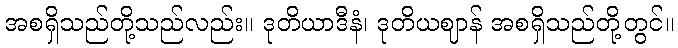
အစရှိသည်တို့သည်လည်း။ ဒုတိယာဒီနံ၊ ဒုတိယဈာန် အစရှိသည်တို့တွင်။